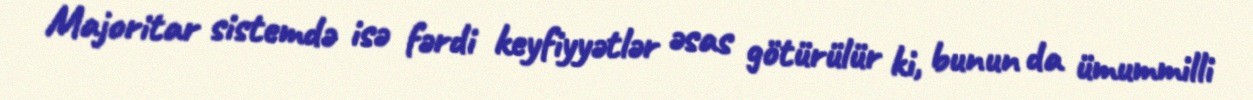
Majoritar sistemdə isə fərdi keyfiyyətlər əsas götürülür ki, bunun da ümummilli